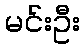
မင်းဦး